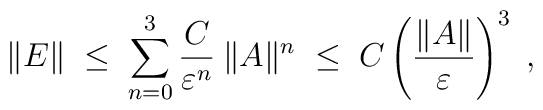
\|E\| \;\leq\; \sum_{n=0}^3 \frac{C}{\varepsilon^n}\: \|A\|^n\;\leq\; C \left(\frac{\|A\|}{\varepsilon} \right)^3\;,